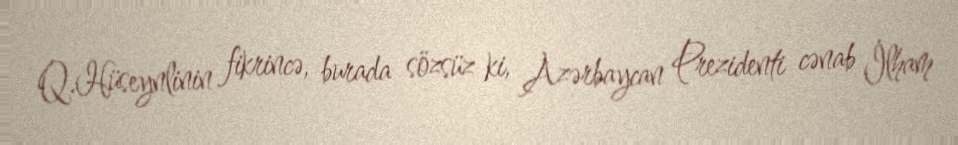
Q.Hüseynlinin fikrincə, burada sözsüz ki, Azərbaycan Prezidenti cənab İlham